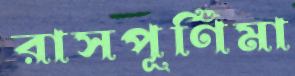
রাসপূর্ণিমা